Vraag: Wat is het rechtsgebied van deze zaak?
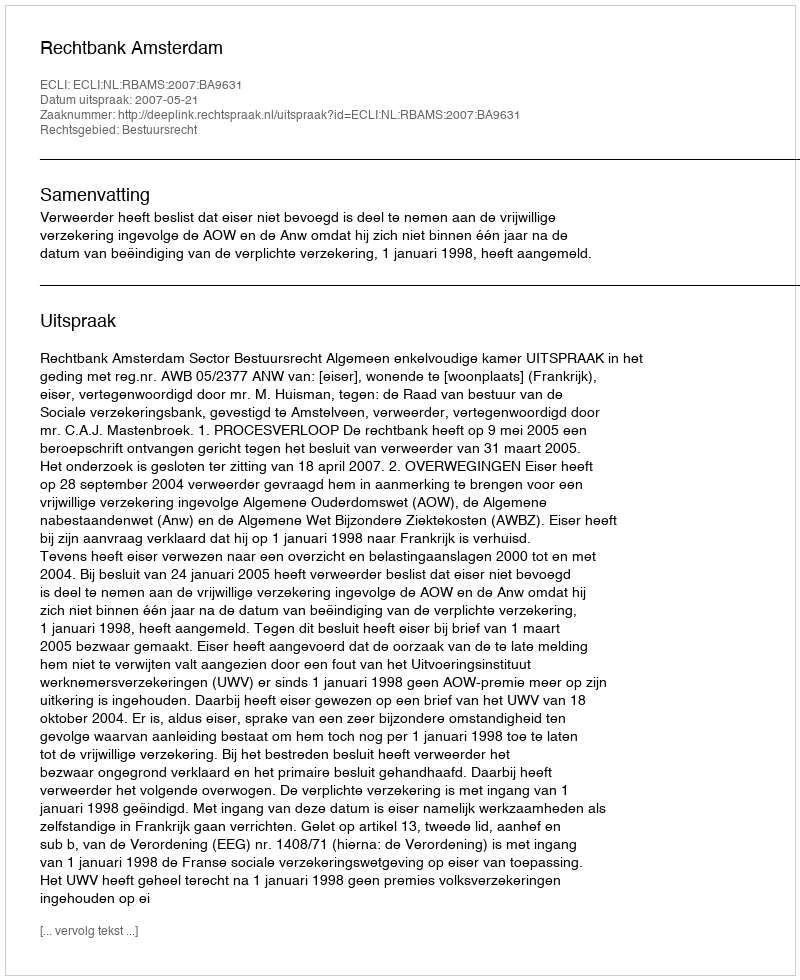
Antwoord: Bestuursrecht